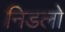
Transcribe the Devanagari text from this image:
निडलो